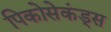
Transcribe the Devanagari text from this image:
पिकोसेकंड्स